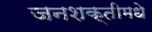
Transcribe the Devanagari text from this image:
जनशक्तीमधे